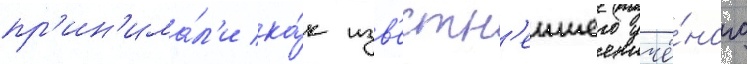
пр'ин'има́л'и ка́к изв'естн'еишего учё́ного